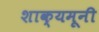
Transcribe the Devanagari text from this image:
शाक्यमूनी